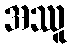
အဿူ